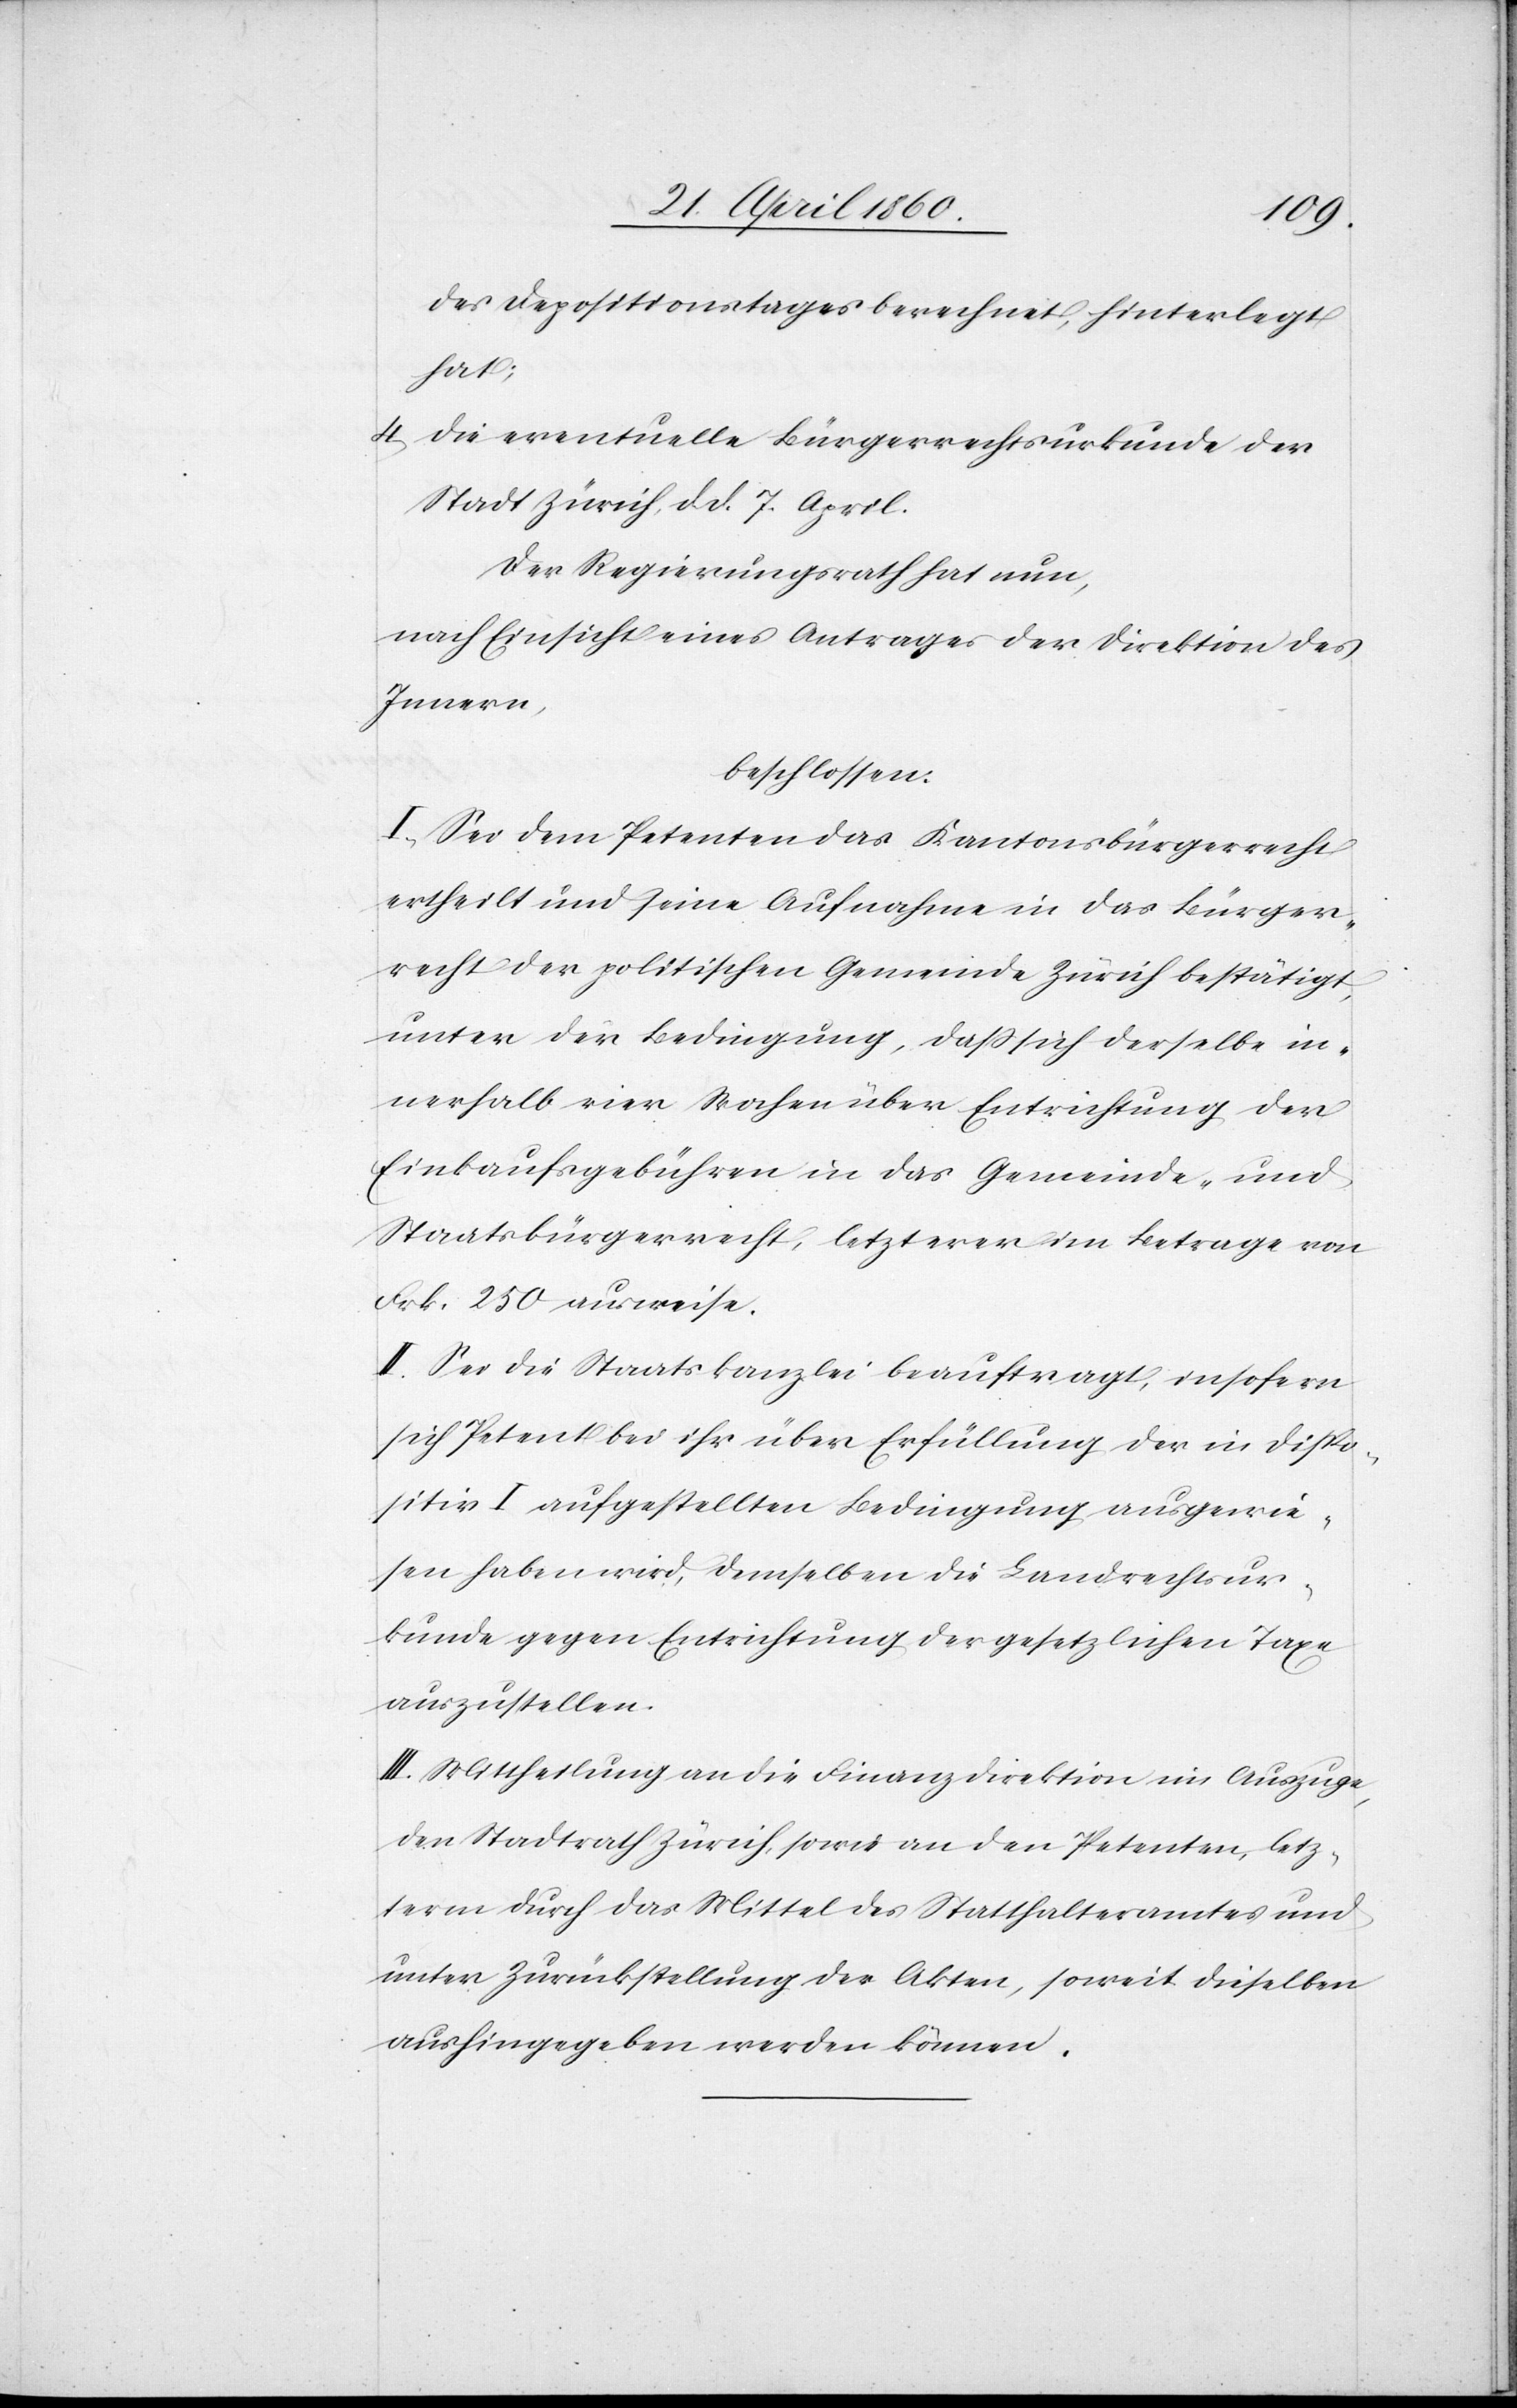
des Depositionstages berechnet, hinterlegt
hat;
4. die eventuelle Bürgerrechtsurkunde der
Stadt Zürich, d. d. 7 April.
Der Regierungsrath hat nun,
nach Einsicht eines Antrages der Direktion des
Innern,
beschlossen:
I. Sei dem Petenten das Kantonsbürgerrecht
ertheilt und seine Aufnahme in das Bürger¬
recht der politischen Gemeinde Zürich bestätigt,
unter der Bedingung, daß sich derselbe in¬
nerhalb vier Wochen über Entrichtung der
Einkaufsgebühren in das Gemeinde- und
Staatsbürgerrecht, letzterer im Betrage von
Frk. 250 ausweise.
II. Sei die Staatskanzlei beauftragt, insofern
sich Petent bei ihr über Erfüllung der in Dispo¬
sitiv I aufgestellten Bedingung ausgewie¬
sen haben wird, demselben die Landrechtsur¬
kunde gegen Entrichtung der gesetzlichen Taxe
auszustellen.
III. Mittheilung an die Finanzdirektion im Auszuge,
den Stadtrath Zürich, sowie an den Petenten, letz¬
term durch das Mittel des Statthalteramtes und
unter Zurückstellung der Akten, soweit dieselben
aushingegeben werden können.